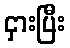
ငှားပြီး